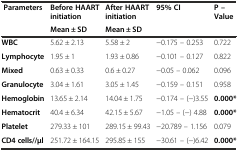
| Parameters | Before HAART initiation | After HAART initiation | 95% CI | P – Value |
 |  | Mean ± SD | Mean ± SD |  |  |
 | --- | --- | --- | --- | --- |
 | WBC | 5.62 ± 2.13 | 5.58 ± 2 | -0.175 – 0.253 | 0.722 |
 | Lymphocyte | 1.95 ± 1 | 1.93 ± 0.86 | -0.101 – 0.127 | 0.822 |
 | Mixed | 0.63 ± 0.33 | 0.6 ± 0.27 | -0.05 – 0.062 | 0.096 |
 | Granulocyte | 3.04 ± 1.61 | 3.05 ± 1.45 | -0.159 – 0.151 | 0.958 |
 | Hemoglobin | 13.65 ± 2.14 | 14.04 ± 1.75 | -0.174 – (-)3.55 | 0.000* |
 | Hematocrit | 40.4 ± 6.34 | 42.15 ± 5.67 | -1.05 – (-) 4.88 | 0.000* |
 | Platelet | 279.33 ± 101 | 289.15 ± 99.43 | -20.789 – 1.156 | 0.079 |
 | CD4 cells//μl | 251.72 ± 164.15 | 295.85 ± 155 | -30.61 – (-)6.42 | 0.000* |